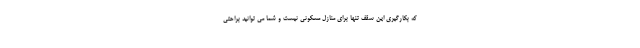
که بکارگیری این سقف تنها برای منازل مسکونی نیست و شما می توانید براحتی